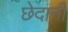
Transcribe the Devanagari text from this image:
छेदानी